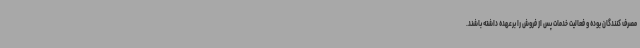
مصرف کنندگان بوده و فعالیت خدمات پس از فروش را برعهده داشته باشند.